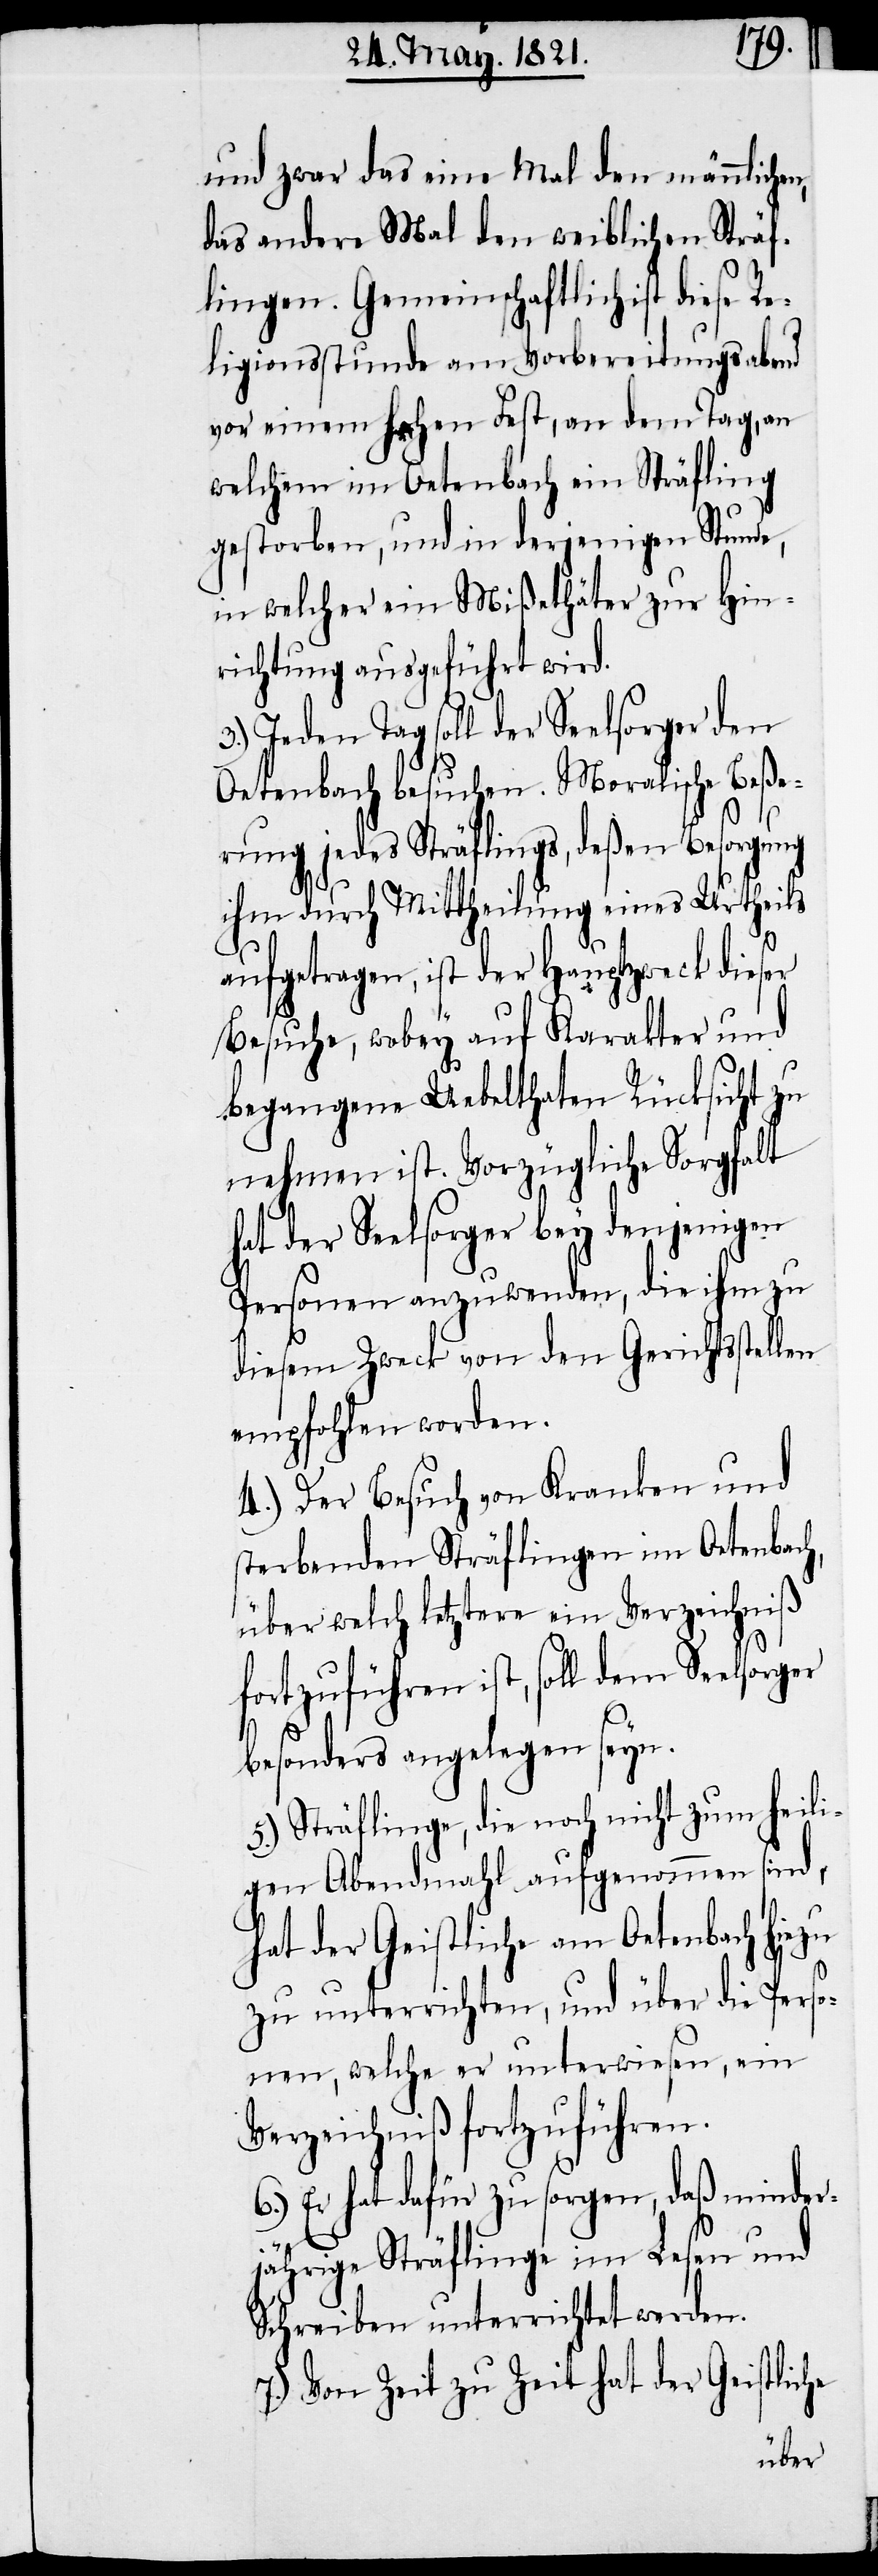
und zwar das eine Mal den männlichen,
das andre Mal den weiblichen Sträf¬
lingen. Gemeinschaftlich ist diese Re¬
ligionsstunde am Vorbereitungsabend
vor einem hohen Fest, an dem Tag, an
welchem im Oetenbach ein Sträfling
gestorben, und in derjenigen Stunde,
in welcher ein Mißethäter zur Hin¬
richtung geführt wird.
3.) Jeden Tag soll der Seelsorger den
Oetenbach besuchen. Moralische Beße¬
rung jedes Sträflings, deßen Besorgung
h,
ihm durch Mittheilung eines Urtheils
aufgetragen, ist der Hauptzweck dieser
Besuche, wobey auf Karakter und
begangene Uebelthaten Rücksicht zu
nehmen ist. Vorzügliche Sorgfalt
hat der Seelsorger bey denjenigen
Personen anzuwenden, die ihm zu
diesem Zweck von den Gerichtsstellen
empfohlen worden.
4.) Der Besuch von Kranken und
sterbenden Sträflingen im Oetenbac¬
über welch letztere ein Verzeichniß
fortzuführen ist, soll dem Seelsorger
besonders angelegen seyn.
5.) Sträflinge, die noch nicht zum heili¬
gen Abendmahl aufgenommen sind,
hat der Geistliche am Oetenbach hiezu
zu unterrichten, und über die Perso¬
nen, welche er unterwiesen, ein
Verzeichniß fortzuführen.
6.) Er hat dafür zu sorgen, daß minder¬
jährige Sträflinge im Lesen und
Schreiben unterrichtet werden.
7.) Von Zeit zu Zeit hat der Geistliche